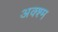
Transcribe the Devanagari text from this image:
अक्श्म